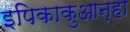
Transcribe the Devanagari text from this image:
इपिकाकुआन्हा